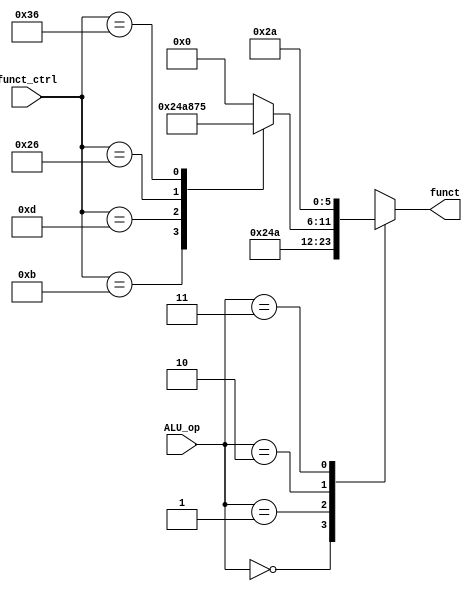
`define ADDU 6'b001011
`define SUBU 6'b001101
`define SLL 6'b100110
`define SLLV 6'b110110

module ALU_Control(
    // Outputs
    output reg [5:0] funct,
    // Inputs
    input [1:0] ALU_op,
    input [5:0] funct_ctrl
);

    always @(*) begin
        case(ALU_op)
            2'b00: funct = 6'b001001;
            2'b01: funct = 6'b001010;
            2'b10: begin
                case(funct_ctrl)
                    `ADDU: funct = 6'b001001;
                    `SUBU: funct = 6'b001010;
                    `SLL: funct = 6'b100001;
                    `SLLV: funct = 6'b110101;
                    default: funct = 6'b000000;
                endcase
            end
            2'b11: funct = 6'b101010;
            default: funct = 6'b000000;
        endcase
    end

endmodule